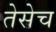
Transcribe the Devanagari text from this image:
तेसेच